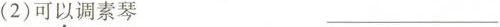
(2)可以调素琴 ___